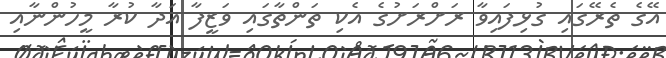
އޭގެ ތެރޭގައި ގުޅިފައިވާ ރަށްރަށުގެ އެކި ތަންތާގައި ވަޒީފާ އަދާ ކުރާ މީހުންނާއި